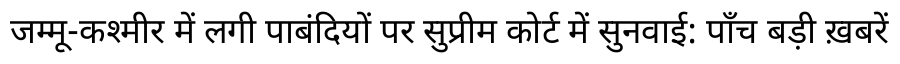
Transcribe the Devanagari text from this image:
जम्मू-कश्मीर में लगी पाबंदियों पर सुप्रीम कोर्ट में सुनवाई: पाँच बड़ी ख़बरें